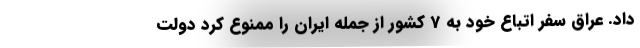
داد. عراق سفر اتباع خود به 7 کشور از جمله ایران را ممنوع کرد دولت